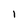
Character: 1